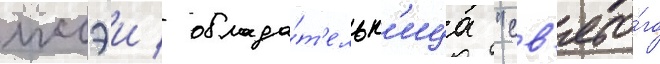
иссэи / облада́т'ельн'ица "св'ято́го